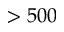
> 5 0 0